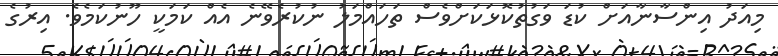
މިއަދު އިންސާނާއަށް ކުޑަ ވަގުތުކޮޅަކަށްވެސް ތަހައްމަލު ނުކުރެވޭނެ އެއް ކަމަކީ ހޫނުކަމެވެ. އިރުގެ